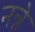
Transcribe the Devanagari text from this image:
नन्ने